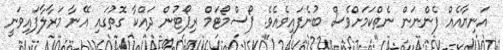
އަނިޔާއެއް ފެންނަން ނެތްކަމަށްވެސް ބުނެފައިވެއެވެ. ޕޯސްމޯޓަމް ރިޕޯޓުން ދައްކާ ގޮތުގައި އޭނާ މަރާލާފައިވަނީ